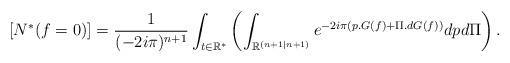
LaTeX: \begin{align*}[N^*(f=0)]=\frac{1}{(-2i\pi)^{n+1}}\int_{t\in\mathbb{R}^*}\left(\int_{\mathbb{R}^{(n+1|n+1)}}e^{-2i\pi (p.G(f)+\Pi.dG(f))}dpd\Pi\right).\end{align*}